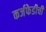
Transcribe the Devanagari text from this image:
कर्जफेडीची